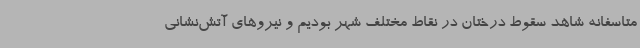
متاسفانه شاهد سقوط درختان در نقاط مختلف شهر بودیم و نیروهای آتش‌نشانی